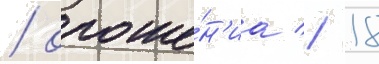
/ ороше́н'иа // 18